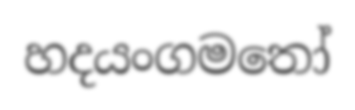
හදයංගමතෝ